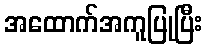
အထောက်အကူပြုပြီး